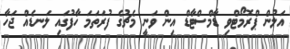
އަލުން ޕްރޮމޯޓްވި ޑާމްސްޓާޑް އިން ވަނީ މެޗުގެ ފުރަތަމަ ހާފުގައި ލަނޑެއް ޖަހާ